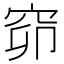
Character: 窌